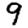
Digit: 9